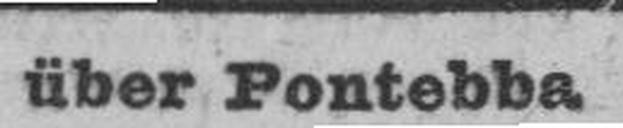
über Pontebba.